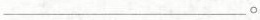
___。